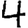
Digit: 4